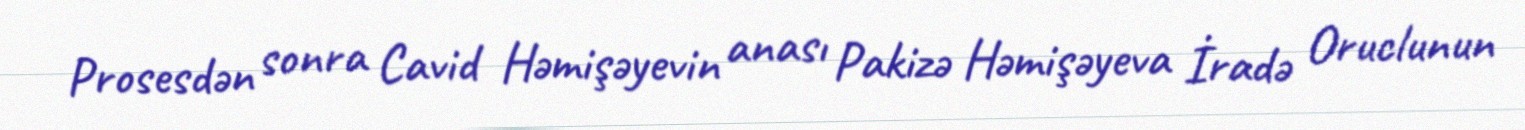
Prosesdən sonra Cavid Həmişəyevin anası Pakizə Həmişəyeva İradə Oruclunun